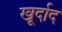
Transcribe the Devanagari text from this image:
खूर्दाद